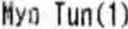
MYO TUN (1)